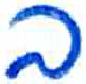
אות: ב